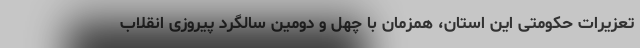
تعزیرات حکومتی این استان، همزمان با چهل و دومین سالگرد پیروزی انقلاب